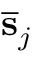
{ \bf \overline { { s } } } _ { j }